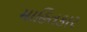
માહિતકાર